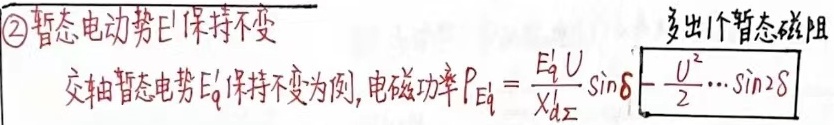
以暂态电动势\(E'\)保持不变，多出1个暂态磁阻交轴暂态电势\(E_{q}'\)保持不变为例，电磁功率\(P_{E_{q}'}=\frac{E_{q}'U}{X_{d\Sigma}'}\sin\delta-\frac{U^{2}}{2}\cdots\sin2\delta\)